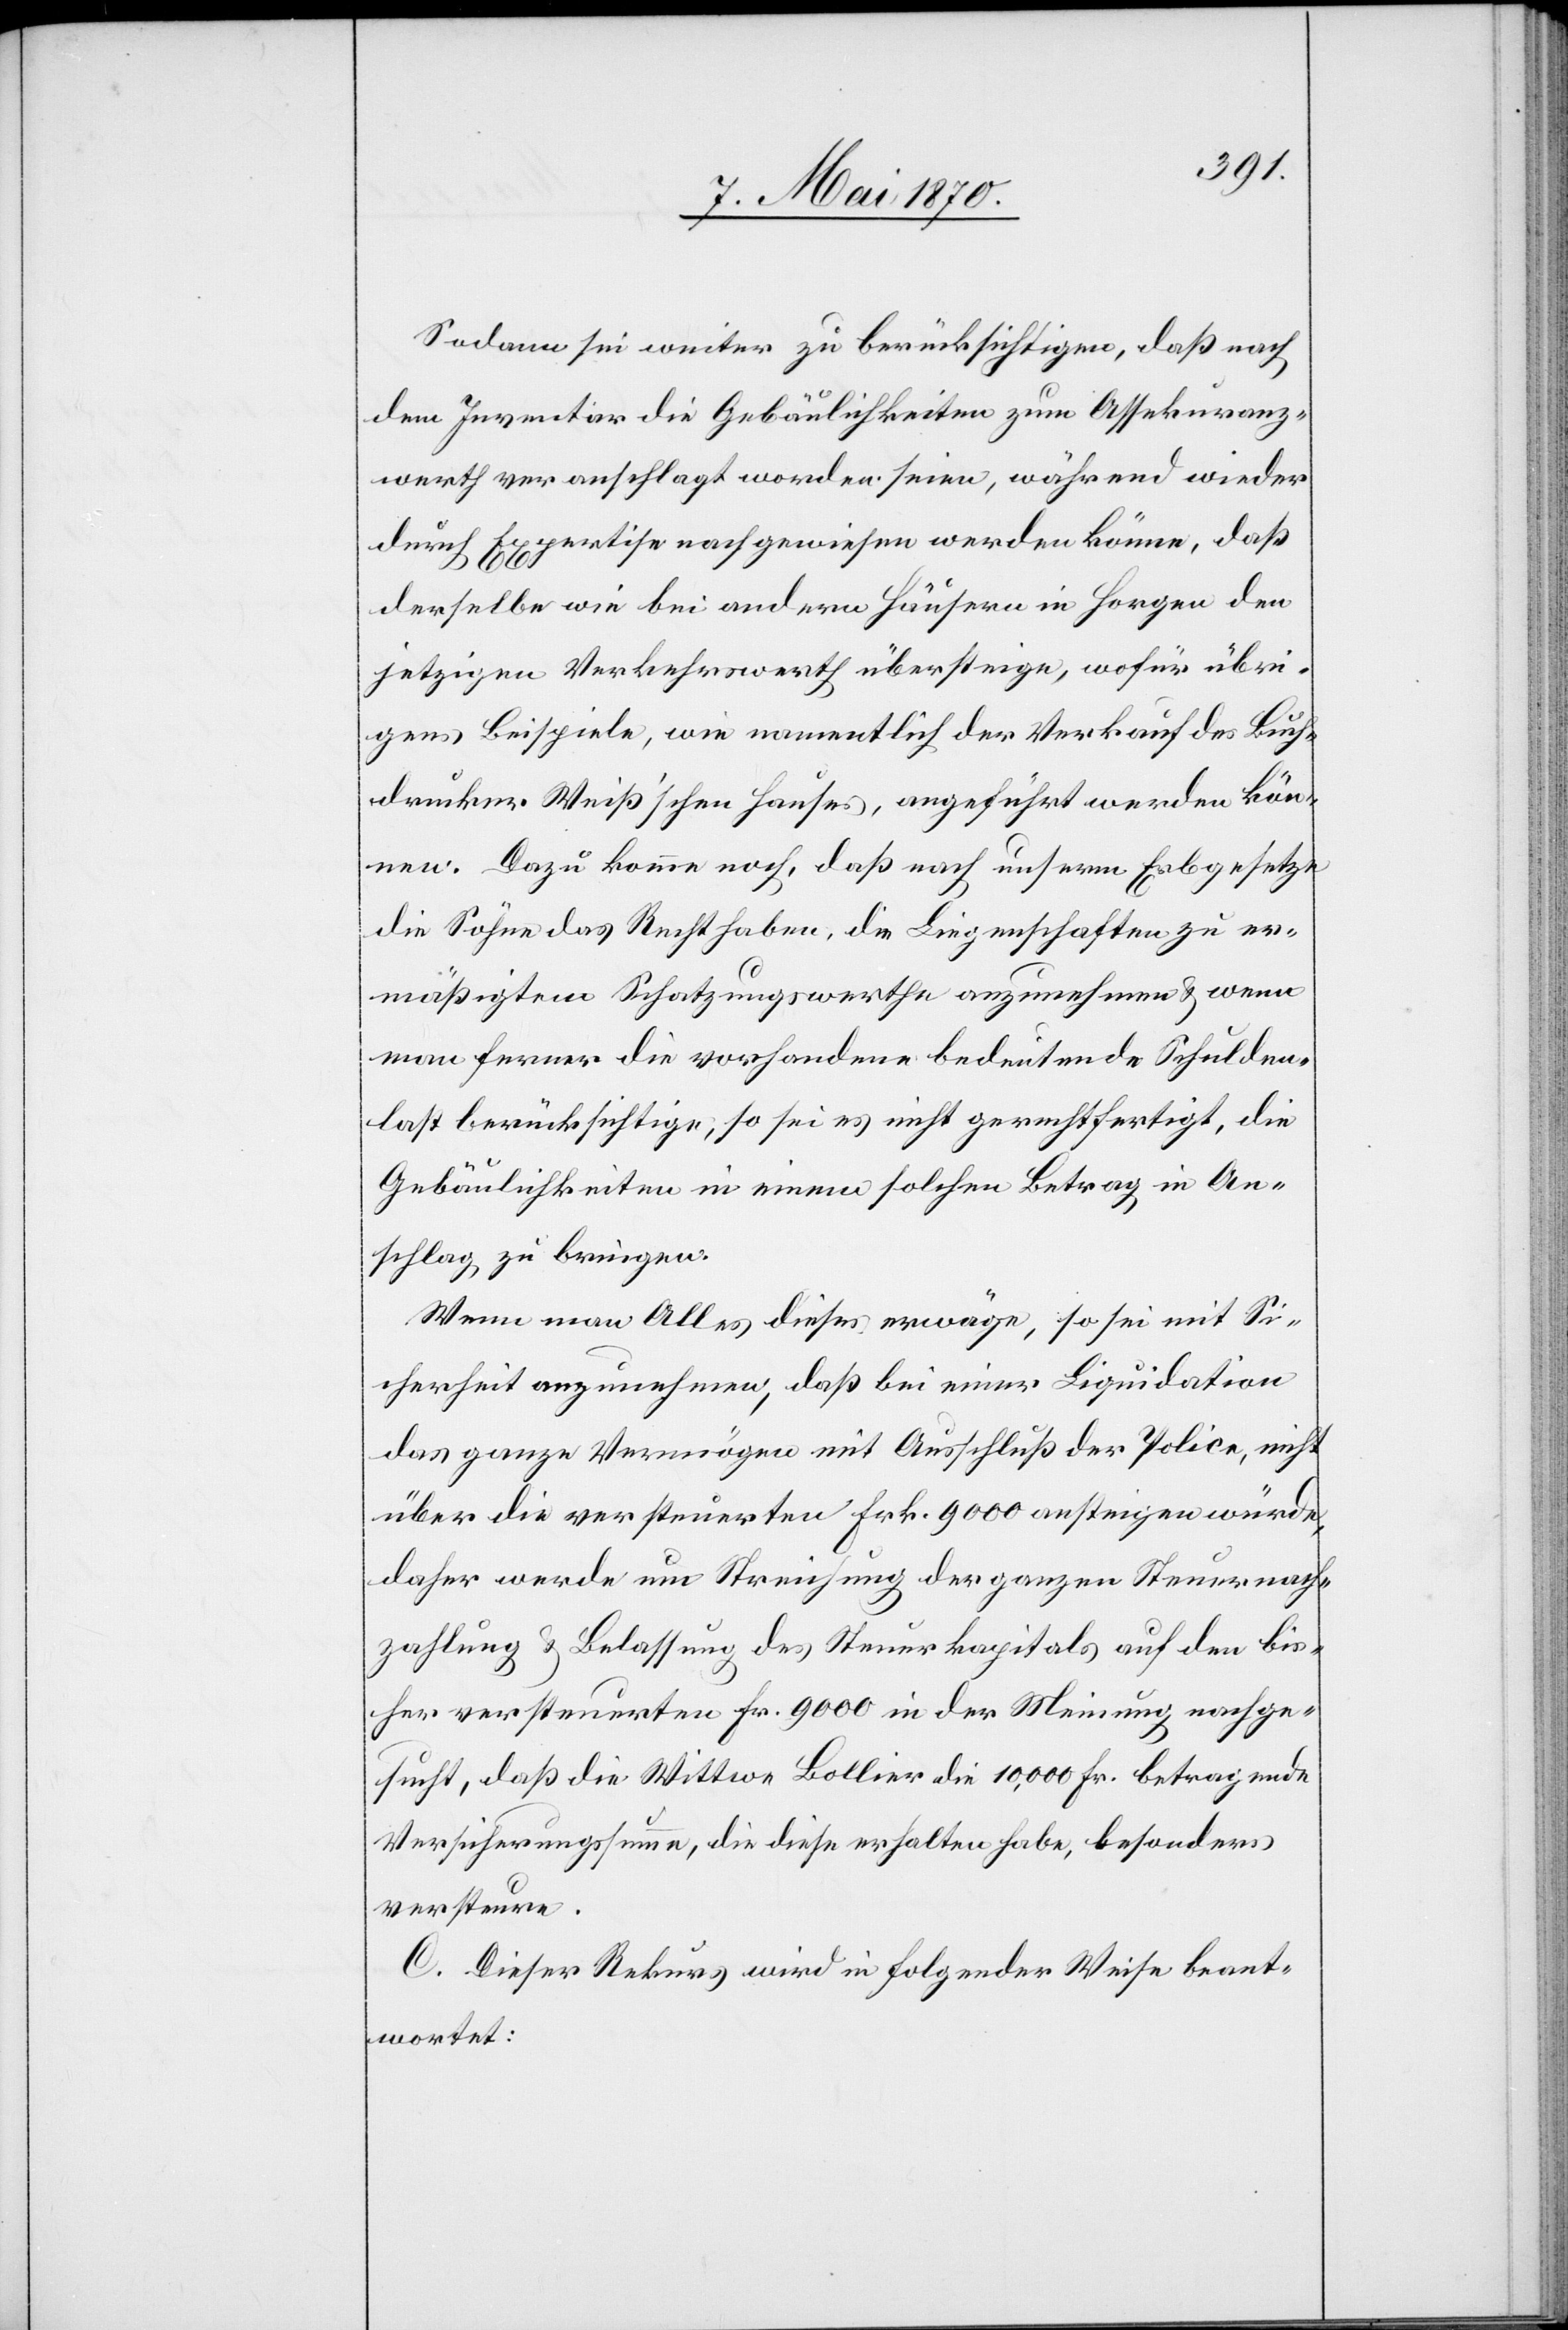
Sodann sei weiter zu berücksichtigen, daß nach
dem Inventar die Gebäulichkeiten zum Assekuranz¬
werth veranschlagt worden seien, während wieder
durch Expertise nachgewiesen könne, daß derselbe wie
jetzigen Verkehrswerth übersteige, wofür übri¬
gens Beispiele, wie namentlich der Verkauf des Buch¬
drucker Weiß’schen Hauses, angeführt werden kön¬
nen. Dazu komme noch, daß nach unserm Erbgesetze
die Söhne das Recht haben, die Liegenschaften zu er¬
mäßigtem Schatzungswerthe anzunehmen & wenn
man ferner die vorhanden bedeutende Schulden¬
last berücksichtige, so sei es nicht gerechtfertigt, die
Gebäulichkeiten in einem solchen Betrag in An¬
schlag zu bringen.
Wenn man Alles dieses erwäge, so sei mit Si¬
cherheit anzunehmen, daß bei einer Liquidation
das ganze Vermögen mit Ausschluß der Police, nicht
über die versteuerten Frk. 9000 ansteigen würde,
daher werde um Streichung der ganzen Steuernach¬
zahlung & Belassung des Steuerkapitals auf den bis¬
her versteuerten Fr. 9000 in der Meinung nachge¬
sucht, daß die Wittwe Bollier die 10,000 Fr. betragende
Versicherungssumme, die diese erhalten habe, besonders
versteuere.
C. Dieser Rekurs wird ein folgender Weise beant¬
wortet: